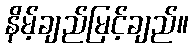
နိမ့်ချည်မြင့်ချည်။